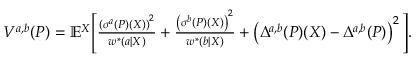
\begin{array} { r l } & { V ^ { a , b } ( P ) = \mathbb { E } ^ { X } \Bigg [ \frac { \left( \sigma ^ { a } ( P ) ( X ) \right) ^ { 2 } } { w ^ { * } ( a | X ) } + \frac { \left( \sigma ^ { b } ( P ) ( X ) \right) ^ { 2 } } { w ^ { * } ( b | X ) } + \left( \Delta ^ { a , b } ( P ) ( X ) - \Delta ^ { a , b } ( P ) \right) ^ { 2 } \Bigg ] . } \end{array}